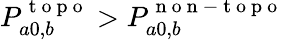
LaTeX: P_{a0,b}^{\mathrm{~t~o~p~o~}}>P_{a0,b}^{\mathrm{~n~o~n~-~t~o~p~o~}}